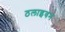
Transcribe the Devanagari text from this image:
ठलाइवन